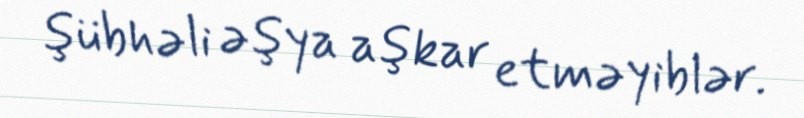
şübhəli əşya aşkar etməyiblər.